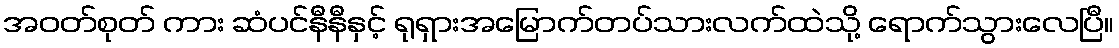
အဝတ်စုတ် ကား ဆံပင်နီနီနှင့် ရုရှားအမြောက်တပ်သားလက်ထဲသို့ ရောက်သွားလေပြီ။